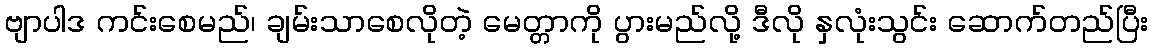
ဗျာပါဒ ကင်းစေမည်၊ ချမ်းသာစေလိုတဲ့ မေတ္တာကို ပွားမည်လို့ ဒီလို နှလုံးသွင်း ဆောက်တည်ပြီး